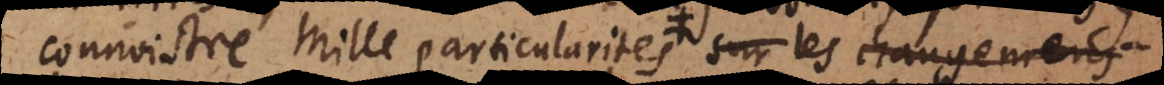
connoistre mille particularités sur les origi